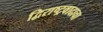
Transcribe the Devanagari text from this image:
द्विराष्ट्रवादाचा